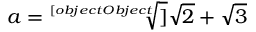
a = { \sqrt [ [object Object] ] { { \sqrt { 2 } } + { \sqrt { 3 } } } }